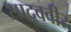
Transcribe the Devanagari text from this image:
यादववीर